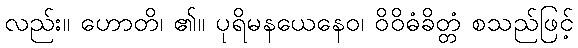
လည်း။ ဟောတိ၊ ၏။ ပုရိမနယေနေဝ၊ ဝိဝိဓံခိတ္တံ စသည်ဖြင့်